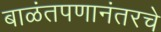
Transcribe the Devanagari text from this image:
बाळंतपणानंतरचे